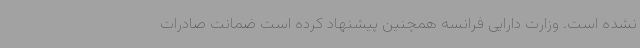
نشده است. وزارت دارایی فرانسه همچنین پیشنهاد کرده است ضمانت صادرات